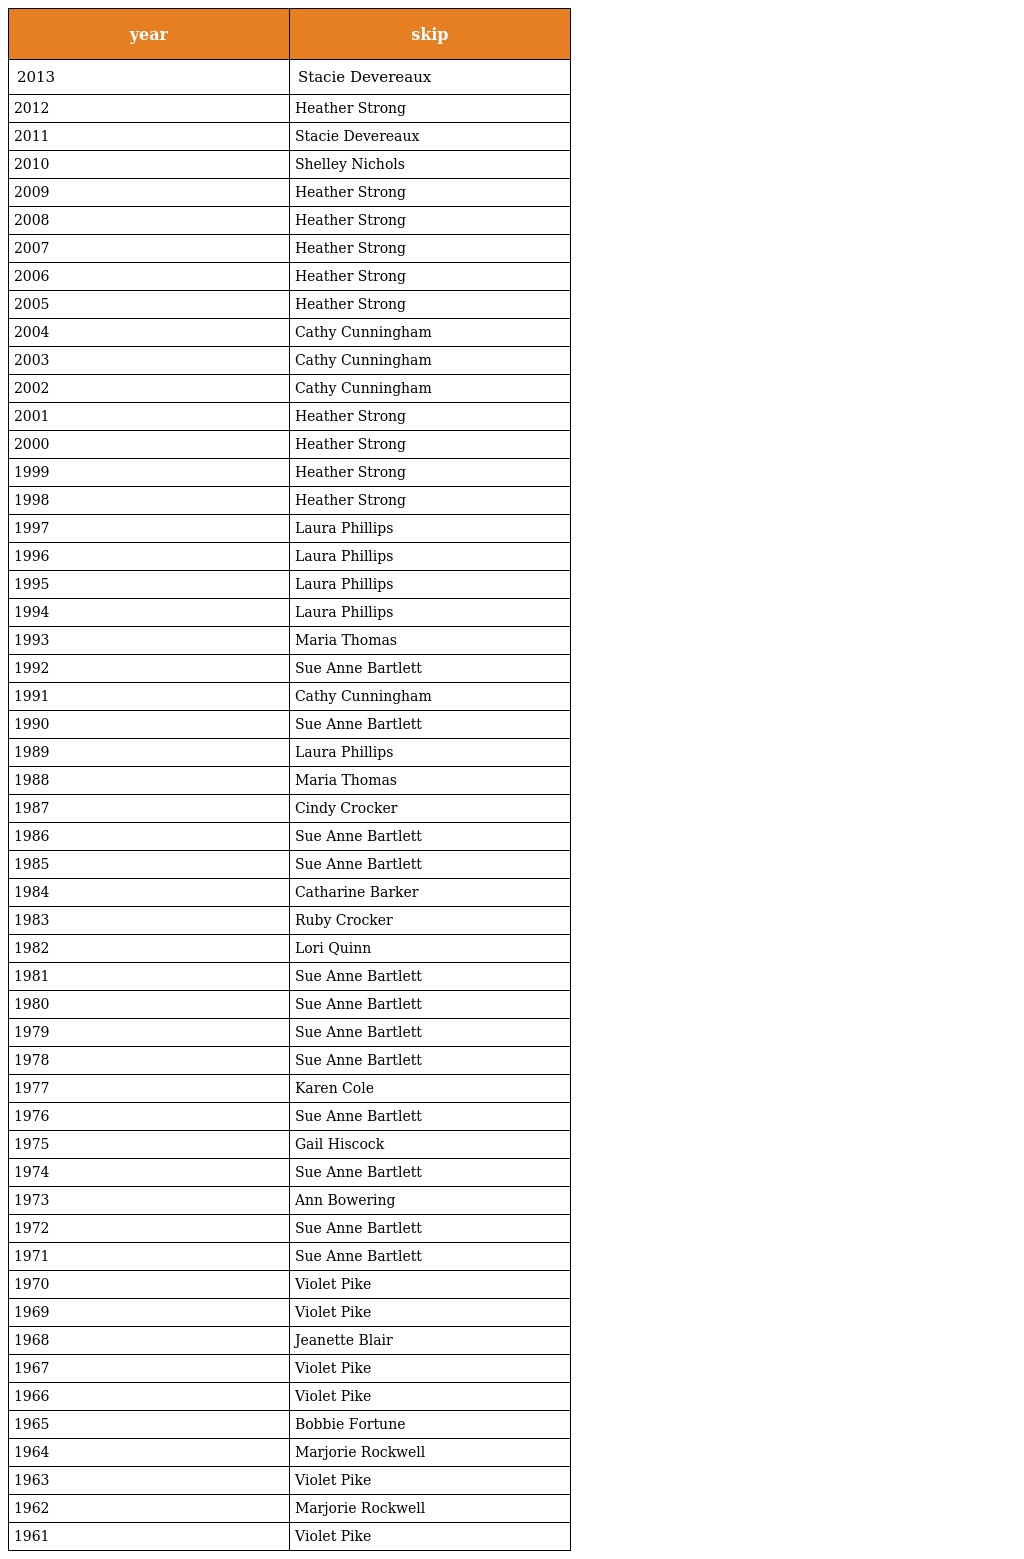
| year | skip |
 | --- | --- |
 | 2013 | Stacie Devereaux |
 | 2012 | Heather Strong |
 | 2011 | Stacie Devereaux |
 | 2010 | Shelley Nichols |
 | 2009 | Heather Strong |
 | 2008 | Heather Strong |
 | 2007 | Heather Strong |
 | 2006 | Heather Strong |
 | 2005 | Heather Strong |
 | 2004 | Cathy Cunningham |
 | 2003 | Cathy Cunningham |
 | 2002 | Cathy Cunningham |
 | 2001 | Heather Strong |
 | 2000 | Heather Strong |
 | 1999 | Heather Strong |
 | 1998 | Heather Strong |
 | 1997 | Laura Phillips |
 | 1996 | Laura Phillips |
 | 1995 | Laura Phillips |
 | 1994 | Laura Phillips |
 | 1993 | Maria Thomas |
 | 1992 | Sue Anne Bartlett |
 | 1991 | Cathy Cunningham |
 | 1990 | Sue Anne Bartlett |
 | 1989 | Laura Phillips |
 | 1988 | Maria Thomas |
 | 1987 | Cindy Crocker |
 | 1986 | Sue Anne Bartlett |
 | 1985 | Sue Anne Bartlett |
 | 1984 | Catharine Barker |
 | 1983 | Ruby Crocker |
 | 1982 | Lori Quinn |
 | 1981 | Sue Anne Bartlett |
 | 1980 | Sue Anne Bartlett |
 | 1979 | Sue Anne Bartlett |
 | 1978 | Sue Anne Bartlett |
 | 1977 | Karen Cole |
 | 1976 | Sue Anne Bartlett |
 | 1975 | Gail Hiscock |
 | 1974 | Sue Anne Bartlett |
 | 1973 | Ann Bowering |
 | 1972 | Sue Anne Bartlett |
 | 1971 | Sue Anne Bartlett |
 | 1970 | Violet Pike |
 | 1969 | Violet Pike |
 | 1968 | Jeanette Blair |
 | 1967 | Violet Pike |
 | 1966 | Violet Pike |
 | 1965 | Bobbie Fortune |
 | 1964 | Marjorie Rockwell |
 | 1963 | Violet Pike |
 | 1962 | Marjorie Rockwell |
 | 1961 | Violet Pike |